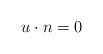
LaTeX: \begin{align*} u\cdot n = 0 \end{align*}